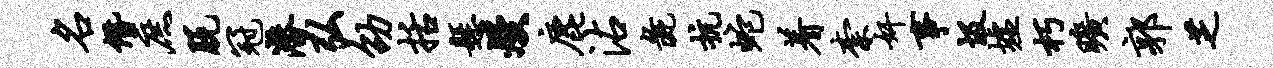
名僭庶脱冠潜弘劭括悬熳鹿沾彘抗蛇着柰奸事圾墟朽旷郭芝